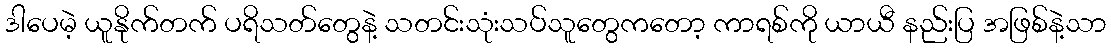
ဒါပေမဲ့ ယူနိုက်တက် ပရိသတ်တွေနဲ့ သတင်းသုံးသပ်သူတွေကတော့ ကာရစ်ကို ယာယီ နည်းပြ အဖြစ်နဲ့သာ